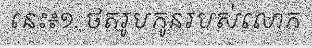
នេះ៖១. ថតរូបកូនរបស់លោក